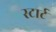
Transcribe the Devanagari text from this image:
स्‍टार्ट